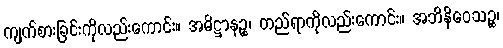
ကျက်စားခြင်းကိုလည်းကောင်း။ အဓိဋ္ဌာနဉ္စ၊ တည်ရာကိုလည်းကောင်း။ အဘိနိဝေသဉ္စ၊